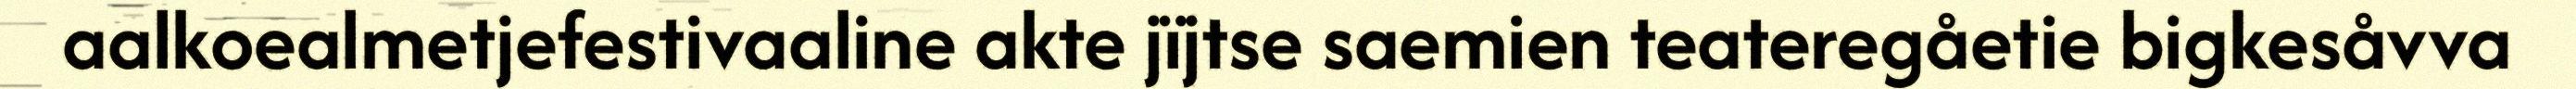
aalkoealmetjefestivaaline akte jïjtse saemien teateregåetie bigkesåvva